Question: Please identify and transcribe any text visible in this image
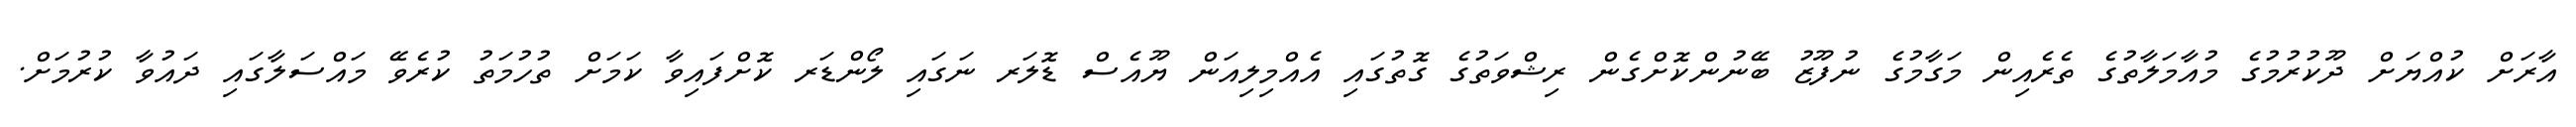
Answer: އާރަށް ކުއްޔަށް ދޫކުރުމުގެ މުއާމަލާތުގެ ތެރެއިން މަގާމުގެ ނުފޫޒު ބޭނުންކޮށްގެން ރިޝްވަތުގެ ގޮތުގައި އެއްމިލިއަން ޔޫއެސް ޑޮލަރ ނަގައި ލޯންޑަރ ކޮށްފައިވާ ކަމަށް ތުހުމަތު ކުރެވޭ މައްސަލާގައި ދައުވާ ކުރުމަށް.